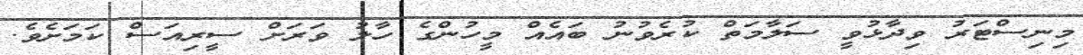
މިނިސްޓަރު ވިދާޅުވީ ސަލާމަތް ކުރެވުނު ބައެއް މީހުންގެ ހާލު ވަރަށް ސީރިއަސް ކަމަށެވެ.